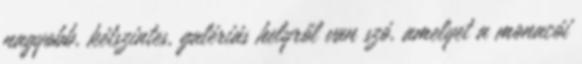
nagyobb, kétszintes, galériás helyről van szó, amelyet a monacói